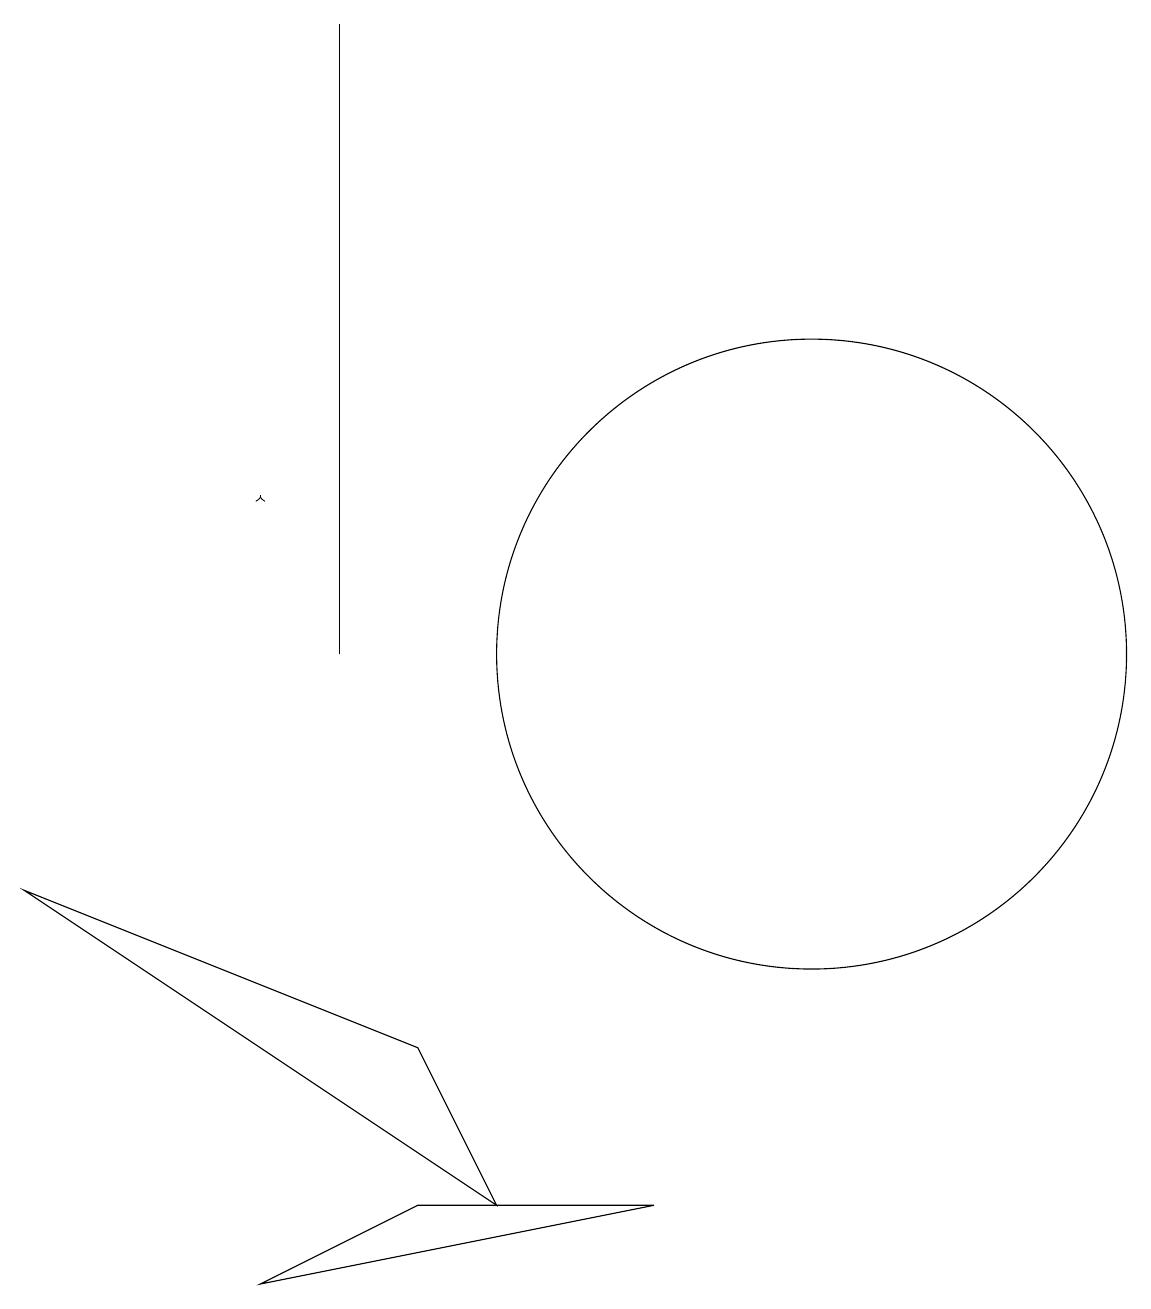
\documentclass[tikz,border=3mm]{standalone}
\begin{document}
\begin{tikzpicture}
\draw (11,10) circle (4);
\draw[->] (4,12) -- (4,12);
\draw (5,10) rectangle (5,18);
\draw (9,3) -- (6,3) -- (4,2) -- cycle;
\draw (1,7) -- (7,3) -- (6,5) -- cycle;
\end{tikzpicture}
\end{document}